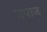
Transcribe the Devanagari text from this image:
उपाज